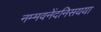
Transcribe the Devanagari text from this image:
नम्मवनेंदनिसयया